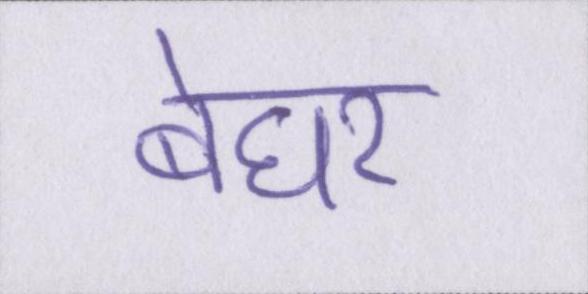
बेघर